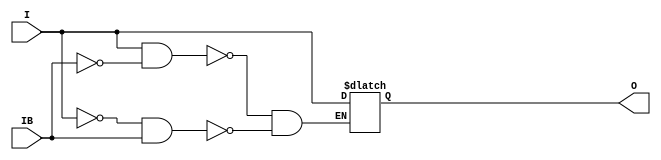
// $Header: /devl/xcs/repo/env/Databases/CAEInterfaces/verunilibs/s/IBUFGDS_LVDSEXT_25_DCI.v,v 1.2 2003/01/21 01:55:24 wloo Exp $

/*

FUNCTION	: INPUT BUFFER

*/

`timescale  100 ps / 10 ps


module IBUFGDS_LVDSEXT_25_DCI (O, I, IB);

    output O;

    input  I, IB;

    reg o_out;

    buf b_0 (O, o_out);

    always @(I or IB) begin
	if (I == 1'b1 && IB == 1'b0)
	    o_out <= I;
	else if (I == 1'b0 && IB == 1'b1)
	    o_out <= I;
    end

    specify
	(I *> O) = (0, 0);
    endspecify

endmodule